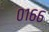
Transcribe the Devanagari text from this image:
०१६६